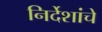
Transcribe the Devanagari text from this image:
निर्देशांचे